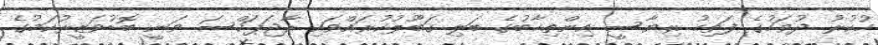
ހުކުރު ދުވަހުގެ ފަތިހު ރިޔާސީ އިންތިޚާބުގެ ބަލި ޤަބޫލުކުރައްވައި ރާޖަޕަކްސަ ވަނީ ބޮޑުވަޒީރުކަމުގެ